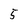
Character: 5